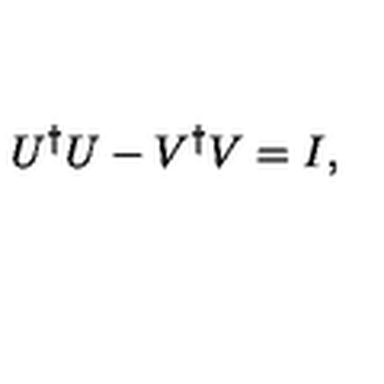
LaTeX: U ^ { \dagger } U - V ^ { \dagger } V = I ,